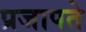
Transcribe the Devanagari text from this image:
प्रजापते